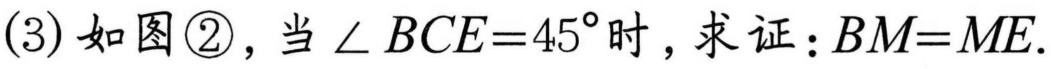
(3) 如图\textcircled{2}，当\(\angle BCE = 45^{\circ}\)时，求证：\(BM = ME\).